Lunatic asylums Madras 1877-1891 - 1877-1891
Year: 1877
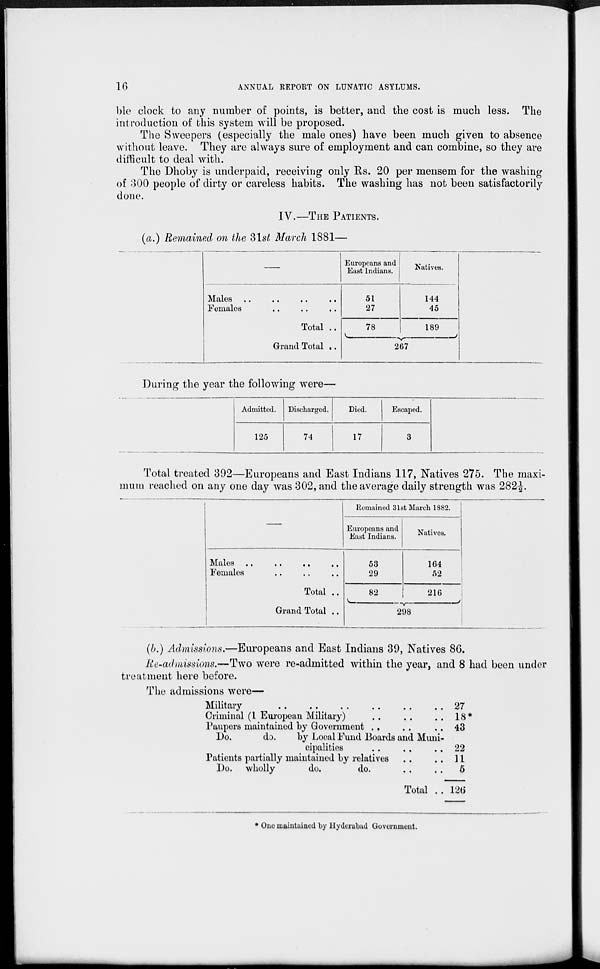
16
ANNUAL REPORT ON LUNATIC ASYLUMS.
ble clock to any number of points, is better, and the cost is much less. The
introduction of this system will be proposed.
The Sweepers (especially the male ones) have been much given to absence
without leave. They are always sure of employment and can combine, so they are
difficult to deal with.
The Dhoby is underpaid, receiving only Rs. 20 per mensem for the washing
of 300 people of dirty or careless habits. The washing has not been satisfactorily
done.
IV.—THE PATIENTS.
(a.) Remained on the 31st March 1881—
—
Males .. .. .. ..
Females .. .. ..
Total ..
Grand Total ..
Europeans and
East Indians.
51
27
78
Natives.
144
45
189
267
During the year the following were—
Admitted.
125
Discharged.
74
Died.
17
Escaped.
3
Total treated 392—Europeans and East Indians 117, Natives 275. The maxi-
mum reached on any one day was 302, and the average daily strength was 282 1/2.
—
Males .. .. .. ..
Females .. .. ..
Total ..
Grand Total ..
Remained 31st March 1882.
Europeans and
East Indians.
53
29
82
Natives.
164
52
216
298
(b.) Admissions.—Europeans and East Indians 39, Natives 86.
Re-admissions.—Two were re-admitted within the year, and 8 had been under
treatment here before.
The admissions were—
Military
..
..
..
..
..
..
Criminal (1 European Military) .. .. ..
Paupers maintained by Government .. .. ..
Do.
do.
by Local Fund Boards and Muni-
-ipalities .. .. ..
Patients partially maintained by relatives .. ..
Do. wholly
do.
do. .. ..
Total ..
27
18*
43
22
11
5
126
* One maintained by Hyderabad Government.